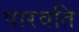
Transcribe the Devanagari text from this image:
पारवति